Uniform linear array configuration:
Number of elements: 32
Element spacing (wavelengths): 0.5
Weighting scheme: blackman
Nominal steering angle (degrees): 60
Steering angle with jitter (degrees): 60.277
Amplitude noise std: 0.05
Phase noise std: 0.05

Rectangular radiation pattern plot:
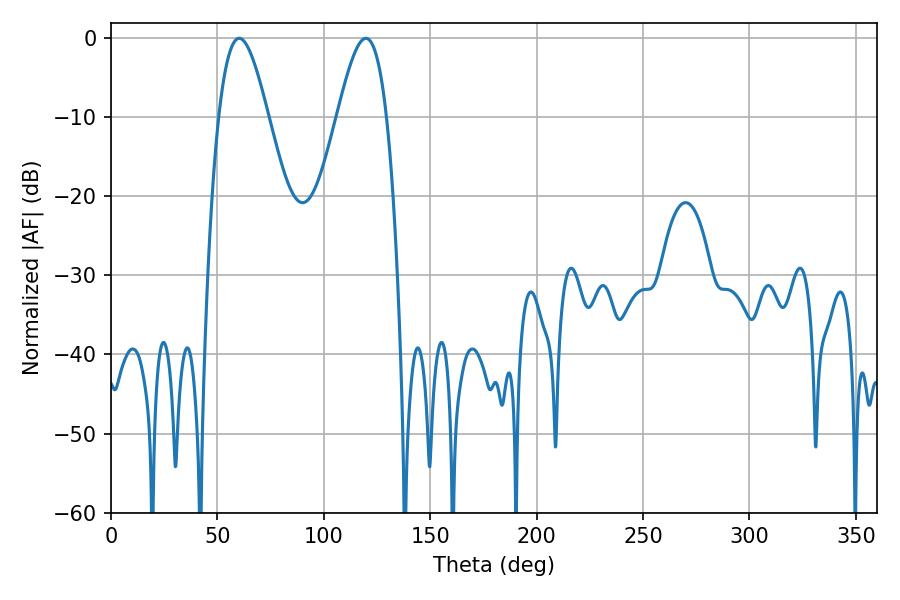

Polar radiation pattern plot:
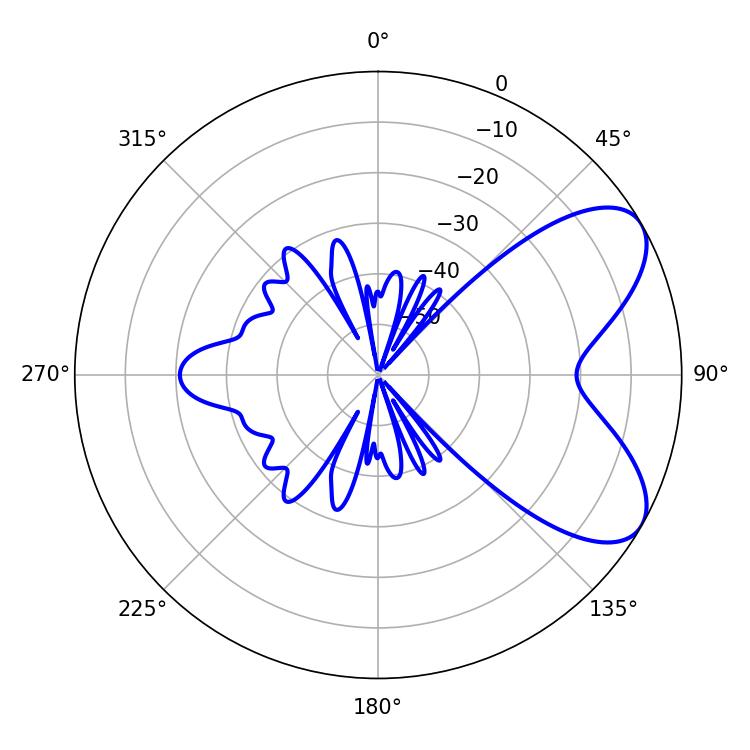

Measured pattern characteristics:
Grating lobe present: FALSE
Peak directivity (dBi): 6.805
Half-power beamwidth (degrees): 12.6
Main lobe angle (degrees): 60.3